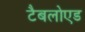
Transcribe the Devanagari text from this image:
टैबलोएड